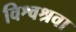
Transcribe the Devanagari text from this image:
विश्वश्रवा